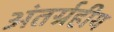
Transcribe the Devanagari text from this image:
अंतर्ग्रहीय